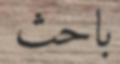
باحث